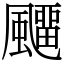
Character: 飅